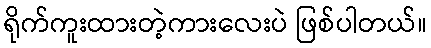
ရိုက်ကူးထားတဲ့ကားလေးပဲ ဖြစ်ပါတယ်။